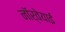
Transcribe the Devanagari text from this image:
नॉर्वेयाई